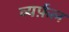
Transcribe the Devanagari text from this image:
व्यर्फ़ल